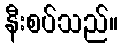
နီးစပ်သည်။